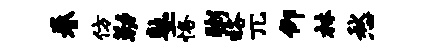
眷仿勒塾恪粥略兀仰林愁